Report on vaccination in Madras 1904-1921 - 1904-1921
Year: 1904
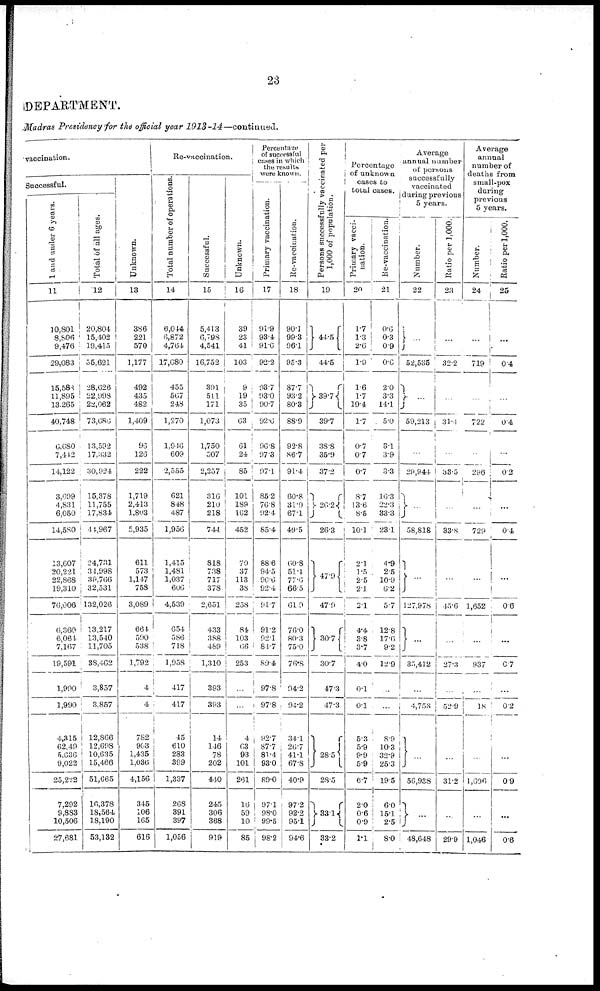
23
DEPARTMENT.
Madras Presidency for the official year 1913-14—continued.
vaccination.
Successful.
1 and under 6 years.
11
10,801
8,806
9,476
29,083
15,580
11,895
13,265
40,748
6,680
7,412
14,122
3,699
4,831
6,050
14,580
13,607
20,221
22,868
19,310
76,006
6,360
6,061
7,167
19,591
1,990
1,990
4,315
62,49
5,636
9,022
25,222
7,292
9,883
10,506
27,681
Total of all ages.
12
20,804
15,402
19,415
55,621
28,626
22,998
23,062
73,686
13,592
17,332
30,924
15,378
11,755
17,834
44,967
24,731
34,998
39,766
32,531
132,026
13,217
13,540
11,705
38,462
3,857
3,857
12,866
12,698
10,635
15,466
51,665
16,378
18,564
18,190
53,132
Unknown.
13
386
221
570
1,177
492
435
482
1,409
96
126
222
1,719
2,413
1,803
5,935
611
573
1,147
758
3,089
664
590
538
1,792
4
4
782
903
1,435
1,036
4,156
345
106
165
616
Re-vaccination.
Total number of operations.
14
6,044
6,872
4,764
17,680
455
567
248
1,270
1,946
609
2,555
621
848
487
1,956
1,415
1,481
1,037
606
4,539
654
586
718
1,958
417
417
45
610
283
399
1,337
268
391
397
1,056
Successful.
15
5,413
6,798
4,541
16,752
391
511
171
1,073
1,750
507
2,257
316
210
218
744
818
738
717
378
2,651
433
388
489
1,310
393
393
14
146
78
202
440
245
306
368
919
Unknown.
16
39
23
41
103
9
19
35
63
61
24
85
101
189
162
452
70
37
113
38
258
84
103
66
253
...
...
4
63
93
101
261
16
59
10
85
Percentage
of successful
cases in which
the results
were known.
Primary vaccination.
17
91.0
93.4
91.6
92.2
93.7
93.0
90.7
92.6
96.8
97.3
97.1
85.2
76.8
92.4
85.4
88.6
94.5
90.6
92.4
91.7
91.2
92.1
84.7
89.4
97.8
97.8
92.7
87.7
81.4
93.0
89.0
97.1
98.0
99.5
98.2
Re-vaccination.
18
90.1
99.3
96.1
95.3
87.7
93.2
80.3
88.9
92.8
86.7
91.4
60.8
31.9
67.1
49.5
60.8
51.1
77.6
66.5
61.9
76.0
80.3
75.0
76.8
94.2
94.2
34.1
26.7
41.1
67.8
40.9
97.2
92.2
95.1
94.6
Persons successfully vaccinated per
1,000 of population.
19
44.5
44.5
39.7
39.7
38.8
35.9
37.2
26.2
26.3
47.9
47.9
30.7
30.7
47.3
47.3
28.5
28.5
33.1
33.2
Percentage
of unknown
cases to
total cases.
Primary vacci-
nation.
20
1.7
1.3
2.6
1.9
1.6
1.7
19.4
1.7
0.7
0.7
0.7
8.7
13.6
8.5
10.1
2.1
1.5
2.5
2.1
2.1
4.4
3.8
3.7
4.0
0.1
0.1
5.3
5.9
9.9
5.9
6.7
2.0
0.6
0.9
1.1
Re-vaccination.
21
0.6
0.3
0.9
0.6
2.0
3.3
14.1
5.0
3.1
3.9
3.3
16.3
22.3
33.3
23.1
4.9
2.5
10.9
6.2
5.7
12.8
17.6
9.2
12.9
...
...
8.9
10.3
32.9
25.3
19.5
6.0
15.1
2.5
8.0
Average
annual number
of persons
successfully
vaccinated
during previous
5 years.
Number.
22
...
52,535
...
59,213
...
29,944
...
58,818
...
127,978
...
35,412
...
4,753
. . .
56,938
...
48,648
Ratio per 1,000.
23
...
32.2
...
31.4
...
33.5
...
33.8
...
45.6
...
27.3
...
52.9
...
31.2
...
29.9
Average
annual
number of
deaths from
small-pox
during
previous
5 years.
Number.
24
...
719
...
722
...
296
...
729
...
1,652
...
937
...
18
...
1,606
...
1,046
Ratio per 1,000.
25
...
0.4
...
0.4
...
0.2
...
0.4
...
0.6
...
0.7
...
0.2
...
0.9
...
0.6